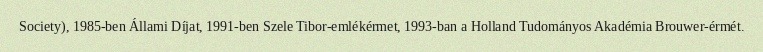
Society), 1985-ben Állami Díjat, 1991-ben Szele Tibor-emlékérmet, 1993-ban a Holland Tudományos Akadémia Brouwer-érmét.